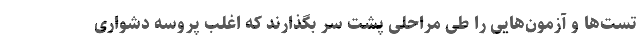
تست‌ها و آزمون‌هایی را طی مراحلی پشت سر بگذارند که اغلب پروسه دشواری